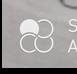
Signature authenticity: forged